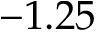
- 1 . 2 5